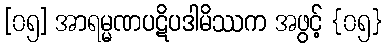
[၀၅] အာရမ္မဏပဋိပဒါမိဿက အဖွင့် {၀၅}